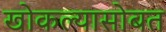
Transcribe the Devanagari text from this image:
खोकल्यासोबत